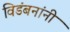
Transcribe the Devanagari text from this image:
विडंबनांनी